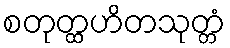
စတုတ္ထဟိတသုတ္တံ